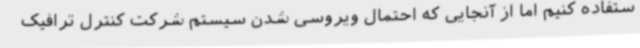
ستفاده کنیم اما از آنجایی که احتمال ویروسی شدن سیستم شرکت کنترل ترافیک